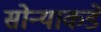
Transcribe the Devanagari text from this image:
सोन्याकडे